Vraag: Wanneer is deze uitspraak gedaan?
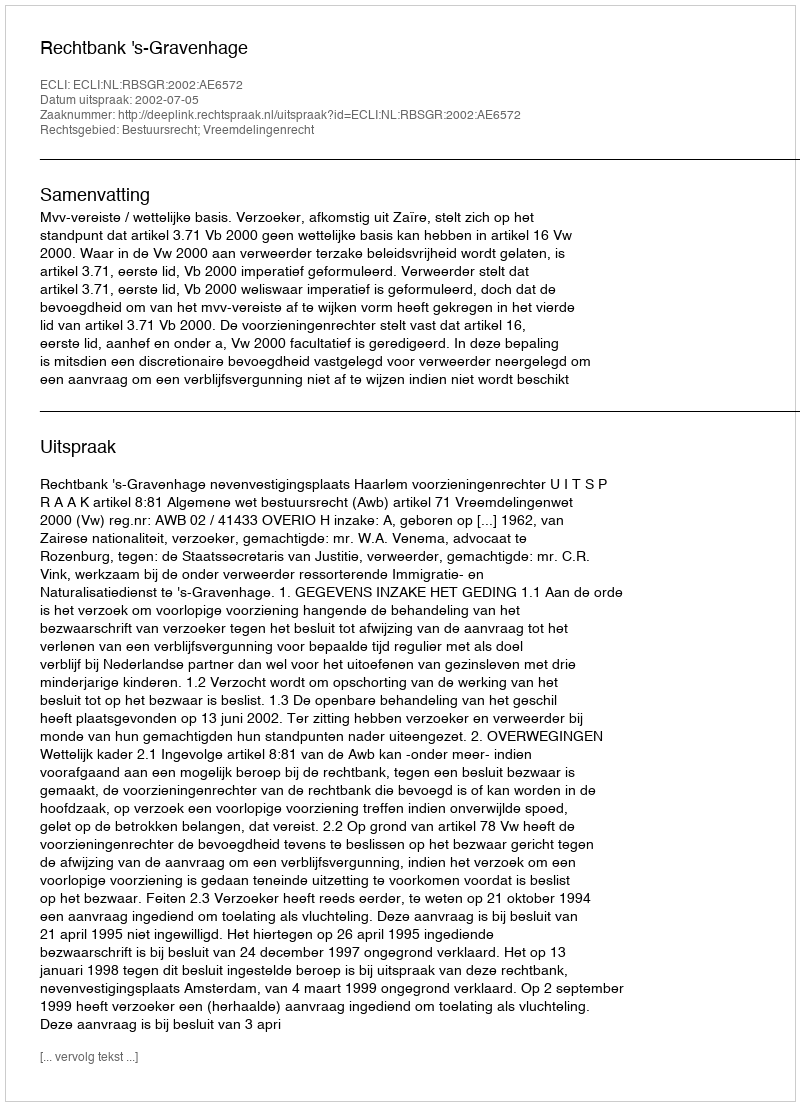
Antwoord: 2002-07-05